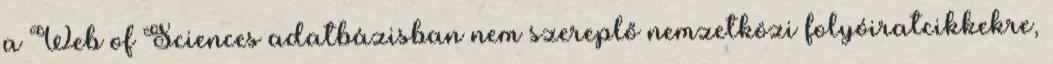
a Web of Sciences adatbázisban nem szereplő nemzetközi folyóiratcikkekre,